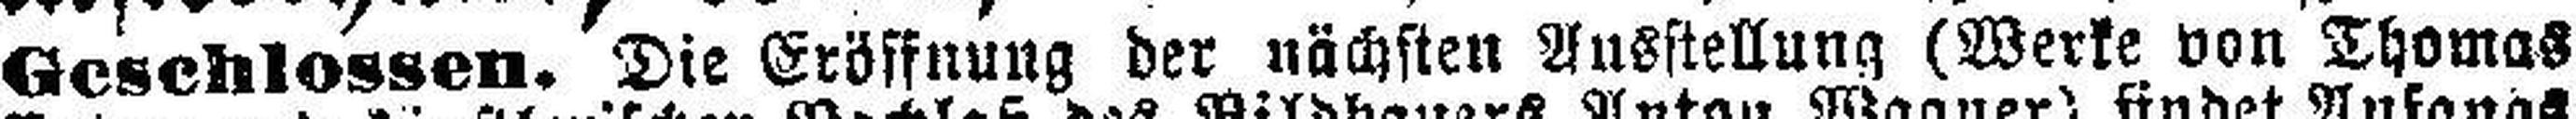
Geschlossen. Die Eröffnung der nächsten Ausstellung (Werke von Thomas